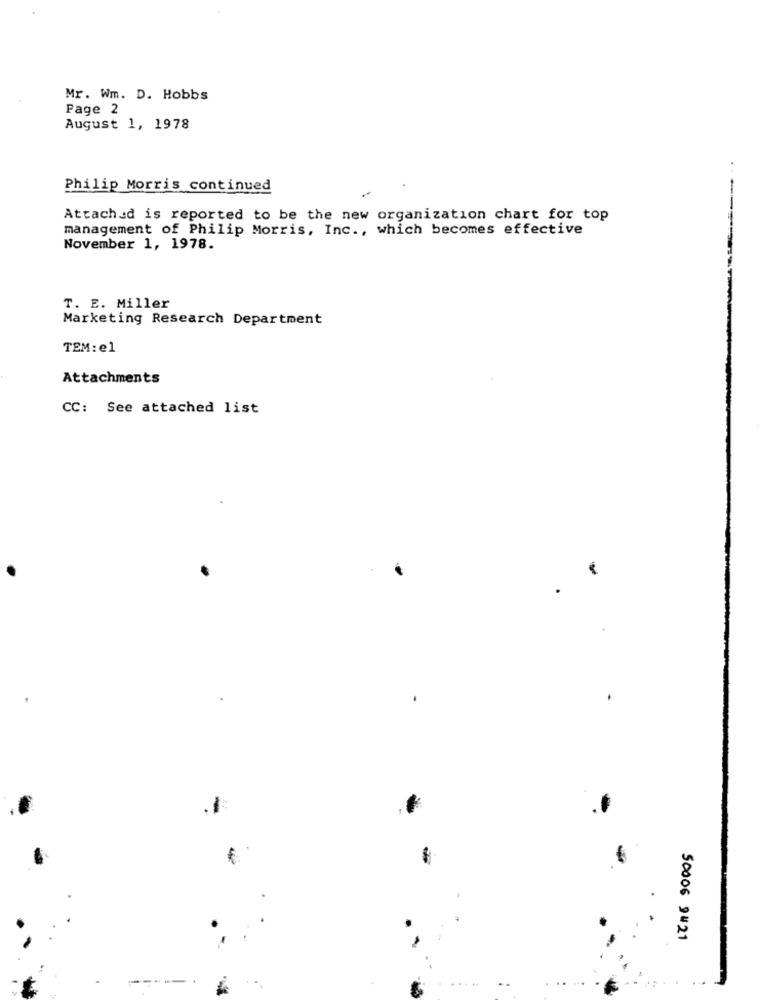
Mr. Wm. D. Hobbs
Page 2
August 1, 1978
Philip Morris continued
Attached is reported to be the new organization chart for top
management of Philip Morris, Inc ., which becomes effective
November 1, 1978.
T. E. Miller
Marketing Research Department
TEM: el
Attachments
CC: See attached list
50006 9421